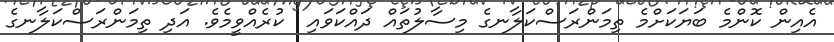
އެއިން ކޮންމެ ބަޔަކަށްމެ ތިމަންރަސްކަލާނގެ މިސާލުތައް ދައްކަވައި  ކުރެއްވީމެވެ. އަދި ތިމަންރަސްކަލާނގެ